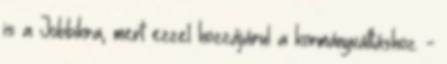
is a Jobbikra, mert ezzel hozzájárul a kormányváltáshoz. -